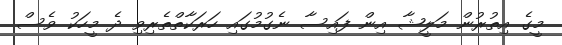
މީގެ އިތުރުން މަލީޝާ އިން ފައިސާ ނެގުމުގައި ހަރަކާތްތެރިވި ދެ މީހަކު ވެސް